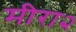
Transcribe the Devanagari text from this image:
मीरा२